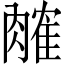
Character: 𬛎